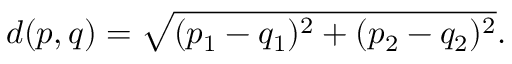
d ( p , q ) = { \sqrt { ( p _ { 1 } - q _ { 1 } ) ^ { 2 } + ( p _ { 2 } - q _ { 2 } ) ^ { 2 } } } .